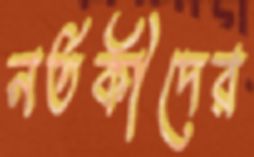
নর্তকীদের